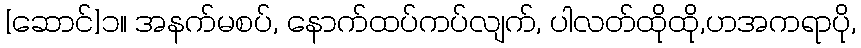
[ဆောင်]၁။ အနက်မစပ်, နောက်ထပ်ကပ်လျက်, ပါလတ်ထိုထို,ဟအကရာပို,